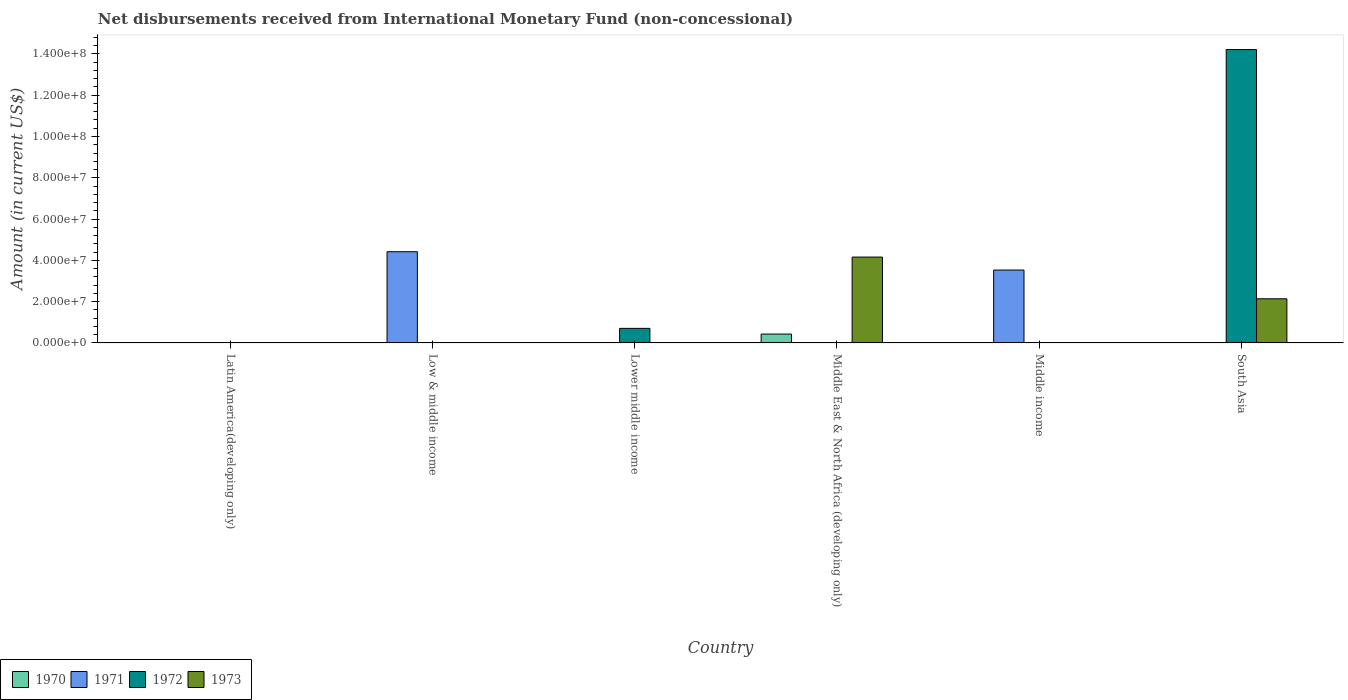
| Country | 1970 | 1971 | 1972 | 1973 |
 | --- | --- | --- | --- | --- |
 | Latin America(developing only) | -1.4e+08 | -2.61e+06 | -3.14e+07 | -1.25e+08 |
 | Low & middle income | -1.63e+08 | 4.42e+07 | -1.71e+07 | -1.37e+08 |
 | Lower middle income | -2.66e+07 | -2.57e+07 | 7.06e+06 | -5.09e+07 |
 | Middle East & North Africa (developing only) | 4.3e+06 | -2.56e+06 | -8.06e+07 | 4.16e+07 |
 | Middle income | -1.57e+08 | 3.53e+07 | -9.49e+07 | -1.57e+08 |
 | South Asia | -4.59e+07 | -1.32e+07 | 1.42e+08 | 2.14e+07 |